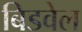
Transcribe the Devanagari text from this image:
बिडवेल